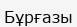
Бұрғазы